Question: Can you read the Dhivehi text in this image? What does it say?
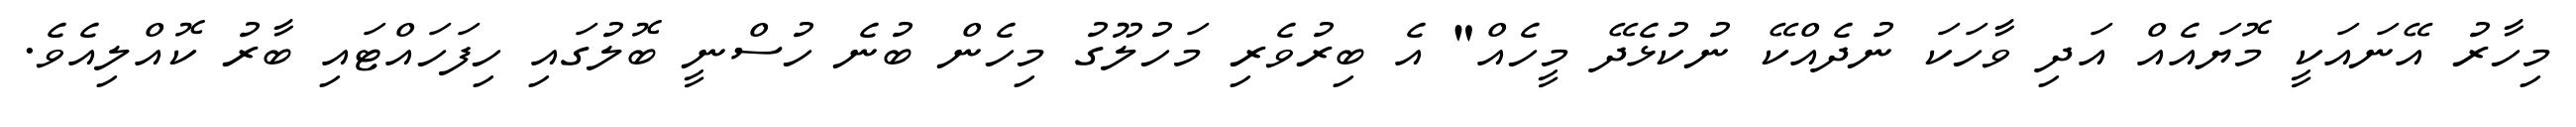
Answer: މިހާރު އޭނައަކީ މޮޔައެއް އަދި ވާހަކަ ނުދެއްކޭ ނުކުޅެދޭ މީހެއް" އެ ބިރުވެރި މަހުލޫގު މިހެން ބުނެ ހުސްނީ ބޮލުގައި ހިފަހައްޓައި ބާރު ކޮއްލިއެވެ.